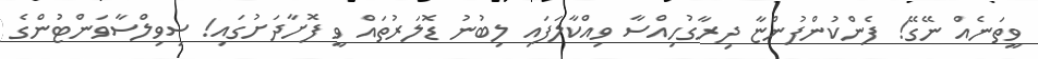
ވީތަނެއް ނޭގޭ! ފެންކުންފުންޏާ ދިރާގުހިއްސާ ވިއްކާލަފައި ލިބުނު ޑޮލަރުތައް ވީ ފޮށާދަށުގައި! ސިވިލްސާވަންޓުންގެ